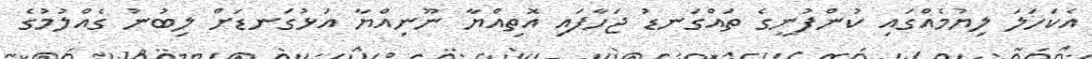
އެކަހަލަ ލިޔުމެއްގައި ކުންފުނީގެ ތައްގަނޑު ޖަހާފައި އޮތިއްޔާ ނޫނިއްޔާ އަޅުގަނޑަށް ލިބުނު ގެއްލުމުގެ